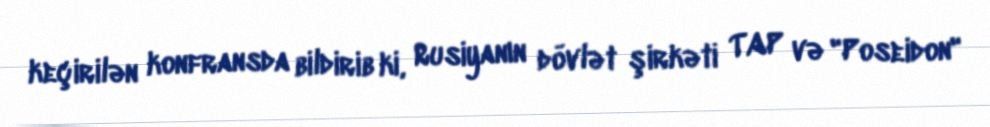
keçirilən konfransda bildirib ki, Rusiyanın dövlət şirkəti TAP və "Poseidon"